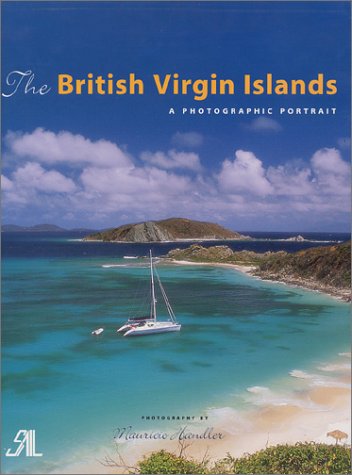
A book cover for The British Virgin Islands: A Photographic Portrait; Amy Ullrich; Travel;